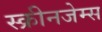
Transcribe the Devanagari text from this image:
स्क्रीनजेम्स